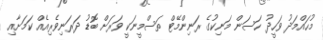
މުހައްމަދު ވަހީދު ހަސަން މަނިކުގެ ރަނިންމޭޓް ތަސްމީނަކީ ވަރަށް ބޮޑު ދަރަނިވެރިއެއް ކަމަށާއި